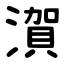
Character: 㵑